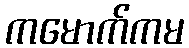
ကမောက်ကမ